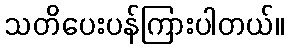
သတိပေးပန်ကြားပါတယ်။